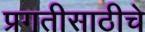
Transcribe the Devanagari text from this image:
प्रगतीसाठीचे